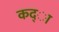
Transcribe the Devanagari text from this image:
कद्ा